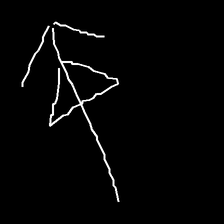
Glyph: pull